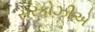
સરકોઝીએ